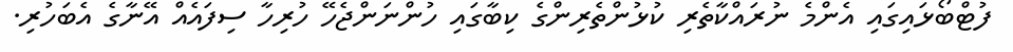
ފުޓްބޯޅައިގައި އެންމެ ނުރައްކާތެރި ކުޅުންތެރިންގެ ކިބާގައި ހުންނަންޖެހޭ ހުރިހާ ސިފައެއް އޭނާގެ އެބަހުރި.